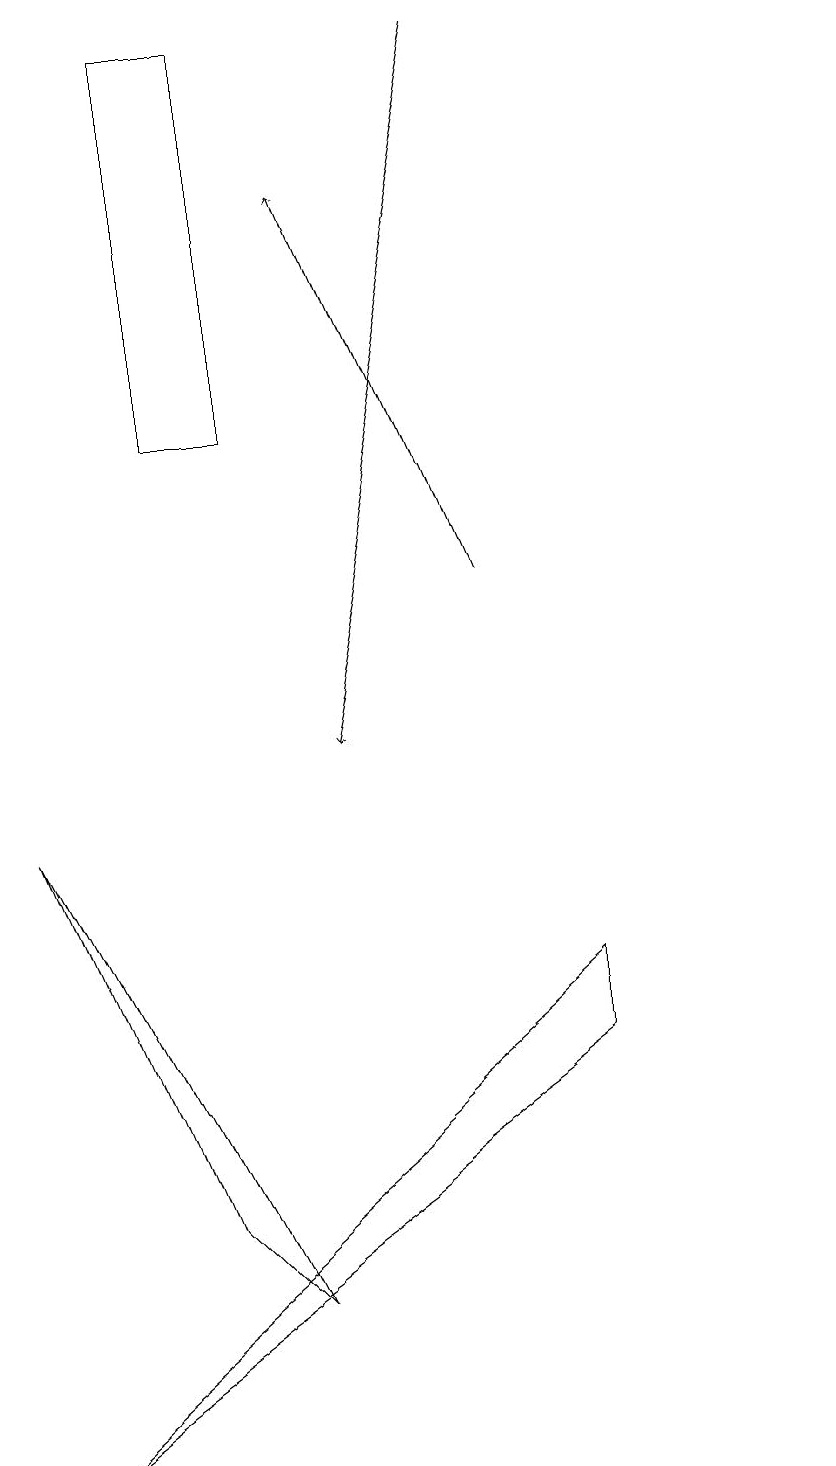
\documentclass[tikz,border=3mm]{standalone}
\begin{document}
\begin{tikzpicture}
\draw (7,6) -- (0,1) -- (7,7) -- cycle;
\draw (10,11) circle (0);
\draw[->] (6,19) -- (4,10);
\draw (2,4) -- (3,3) -- (0,9) -- cycle;
\draw (2,19) rectangle (3,14);
\draw[->] (6,12) -- (4,17);
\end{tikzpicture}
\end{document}